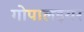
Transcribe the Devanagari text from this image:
गोपालइयर